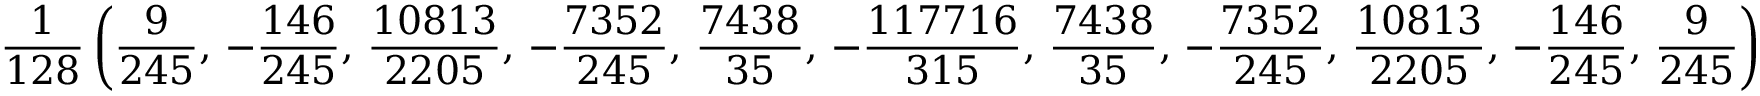
\frac { 1 } { 1 2 8 } \left( \frac { 9 } { 2 4 5 } , \, - \frac { 1 4 6 } { 2 4 5 } , \, \frac { 1 0 8 1 3 } { 2 2 0 5 } , \, - \frac { 7 3 5 2 } { 2 4 5 } , \, \frac { 7 4 3 8 } { 3 5 } , \, - \frac { 1 1 7 7 1 6 } { 3 1 5 } , \, \frac { 7 4 3 8 } { 3 5 } , \, - \frac { 7 3 5 2 } { 2 4 5 } , \, \frac { 1 0 8 1 3 } { 2 2 0 5 } , \, - \frac { 1 4 6 } { 2 4 5 } , \, \frac { 9 } { 2 4 5 } \right)